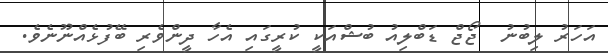
އަހަރު ލިބުނު  ޖޯޖް ޑަބްލިއު ބުޝްއަކީ ކުރީގައި އެހާ ދީންވެރި ބޭފުޅެއްނޫނެވެ.